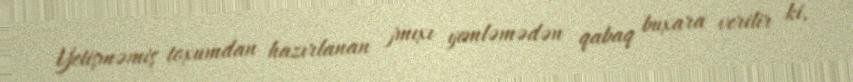
Yetişməmiş toxumdan hazırlanan jmıxı yemləmədən qabaq buxara verilir ki,